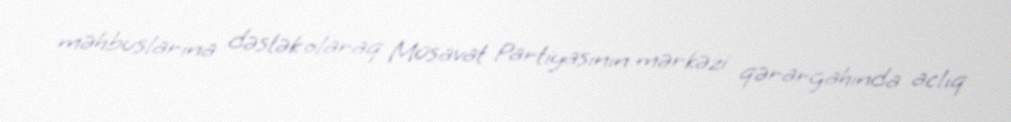
məhbuslarına dəstək olaraq Müsavat Partiyasının mərkəzi qərargahında aclıq